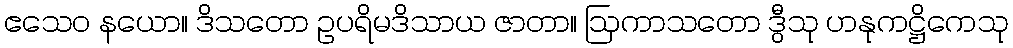
ဧသေဝ နယော။ ဒိသတော ဥပရိမဒိသာယ ဇာတာ။ ဩကာသတော ဒွီသု ဟနုကဋ္ဌိကေသု